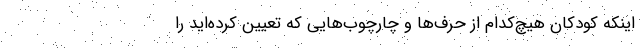
اینکه کودکان هیچ‌کدام از حرف‌ها و چارچوب‌هایی که تعیین کرده‌اید را